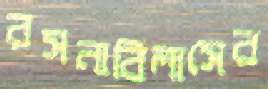
রসনাবিলাসের